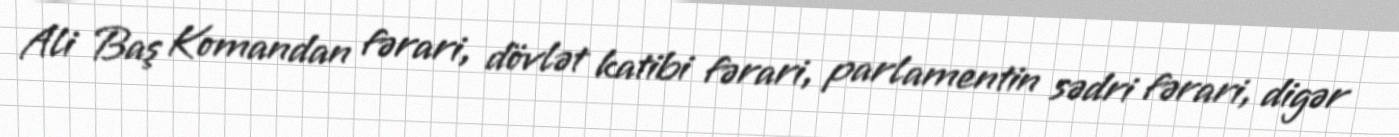
Ali Baş Komandan fərari, dövlət katibi fərari, parlamentin sədri fərari, digər